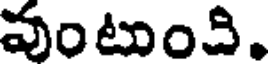
వంటుంచి.